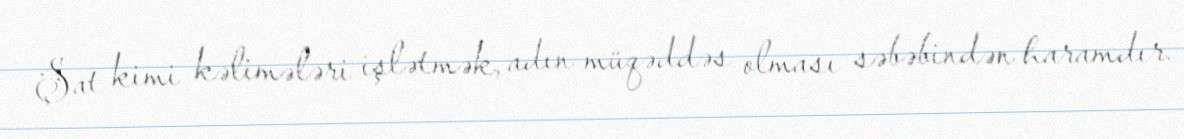
Şat kimi kəlimələri işlətmək, adın müqəddəs olması səbəbindən haramdır.